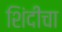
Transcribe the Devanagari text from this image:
शिंदीचा